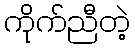
ကိုက်ညီတဲ့